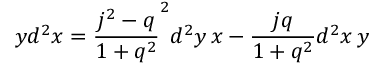
y d ^ { 2 } x = \frac { j ^ { 2 } - q } { 1 + q ^ { 2 } } ^ { 2 } d ^ { 2 } y \, x - \frac { j q } { 1 + q ^ { 2 } } d ^ { 2 } x \, y